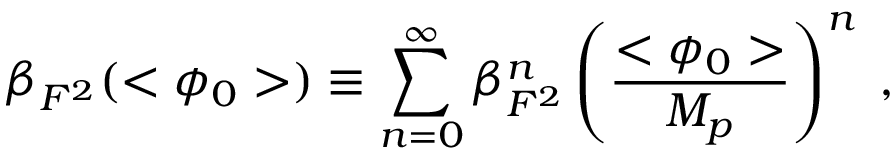
\beta _ { F ^ { 2 } } ( < \phi _ { 0 } > ) \equiv \sum _ { n = 0 } ^ { \infty } \beta _ { F ^ { 2 } } ^ { n } \left( \frac { < \phi _ { 0 } > } { M _ { p } } \right) ^ { n } \; ,